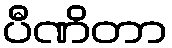
ပီဏိတာ